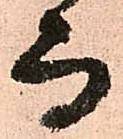
而